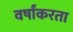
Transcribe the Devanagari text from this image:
वर्षांकरता